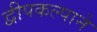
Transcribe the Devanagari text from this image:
द्वीपकल्पाने